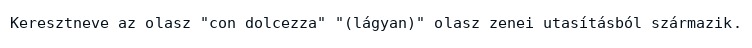
Keresztneve az olasz "con dolcezza" "(lágyan)" olasz zenei utasításból származik.